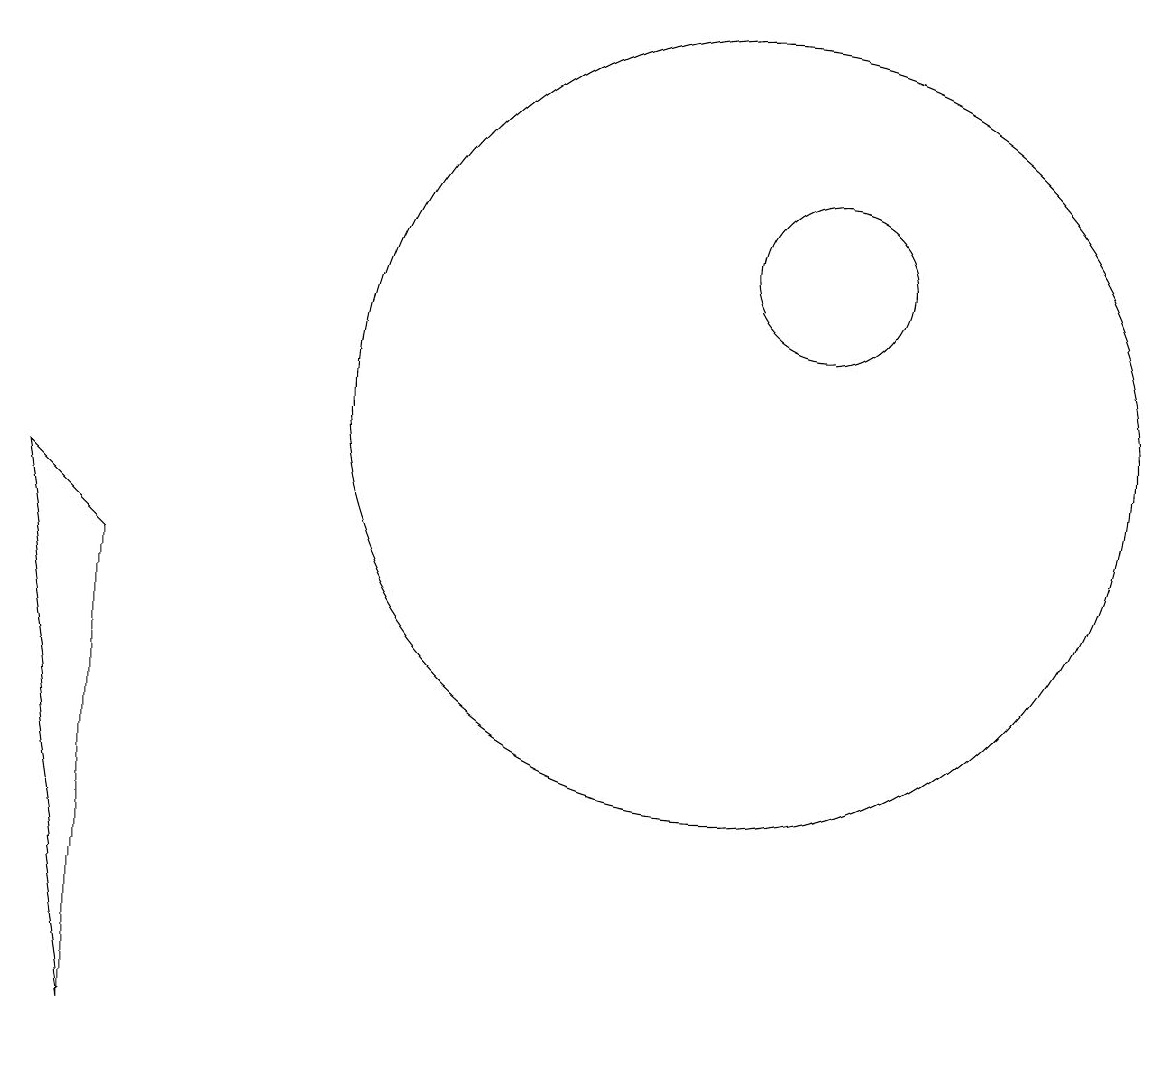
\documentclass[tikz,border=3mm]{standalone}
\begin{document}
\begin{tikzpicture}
\draw (2,2) -- (1,9) -- (2,8) -- cycle;
\draw (11,12) circle (1);
\draw (10,10) circle (5);
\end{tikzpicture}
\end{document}